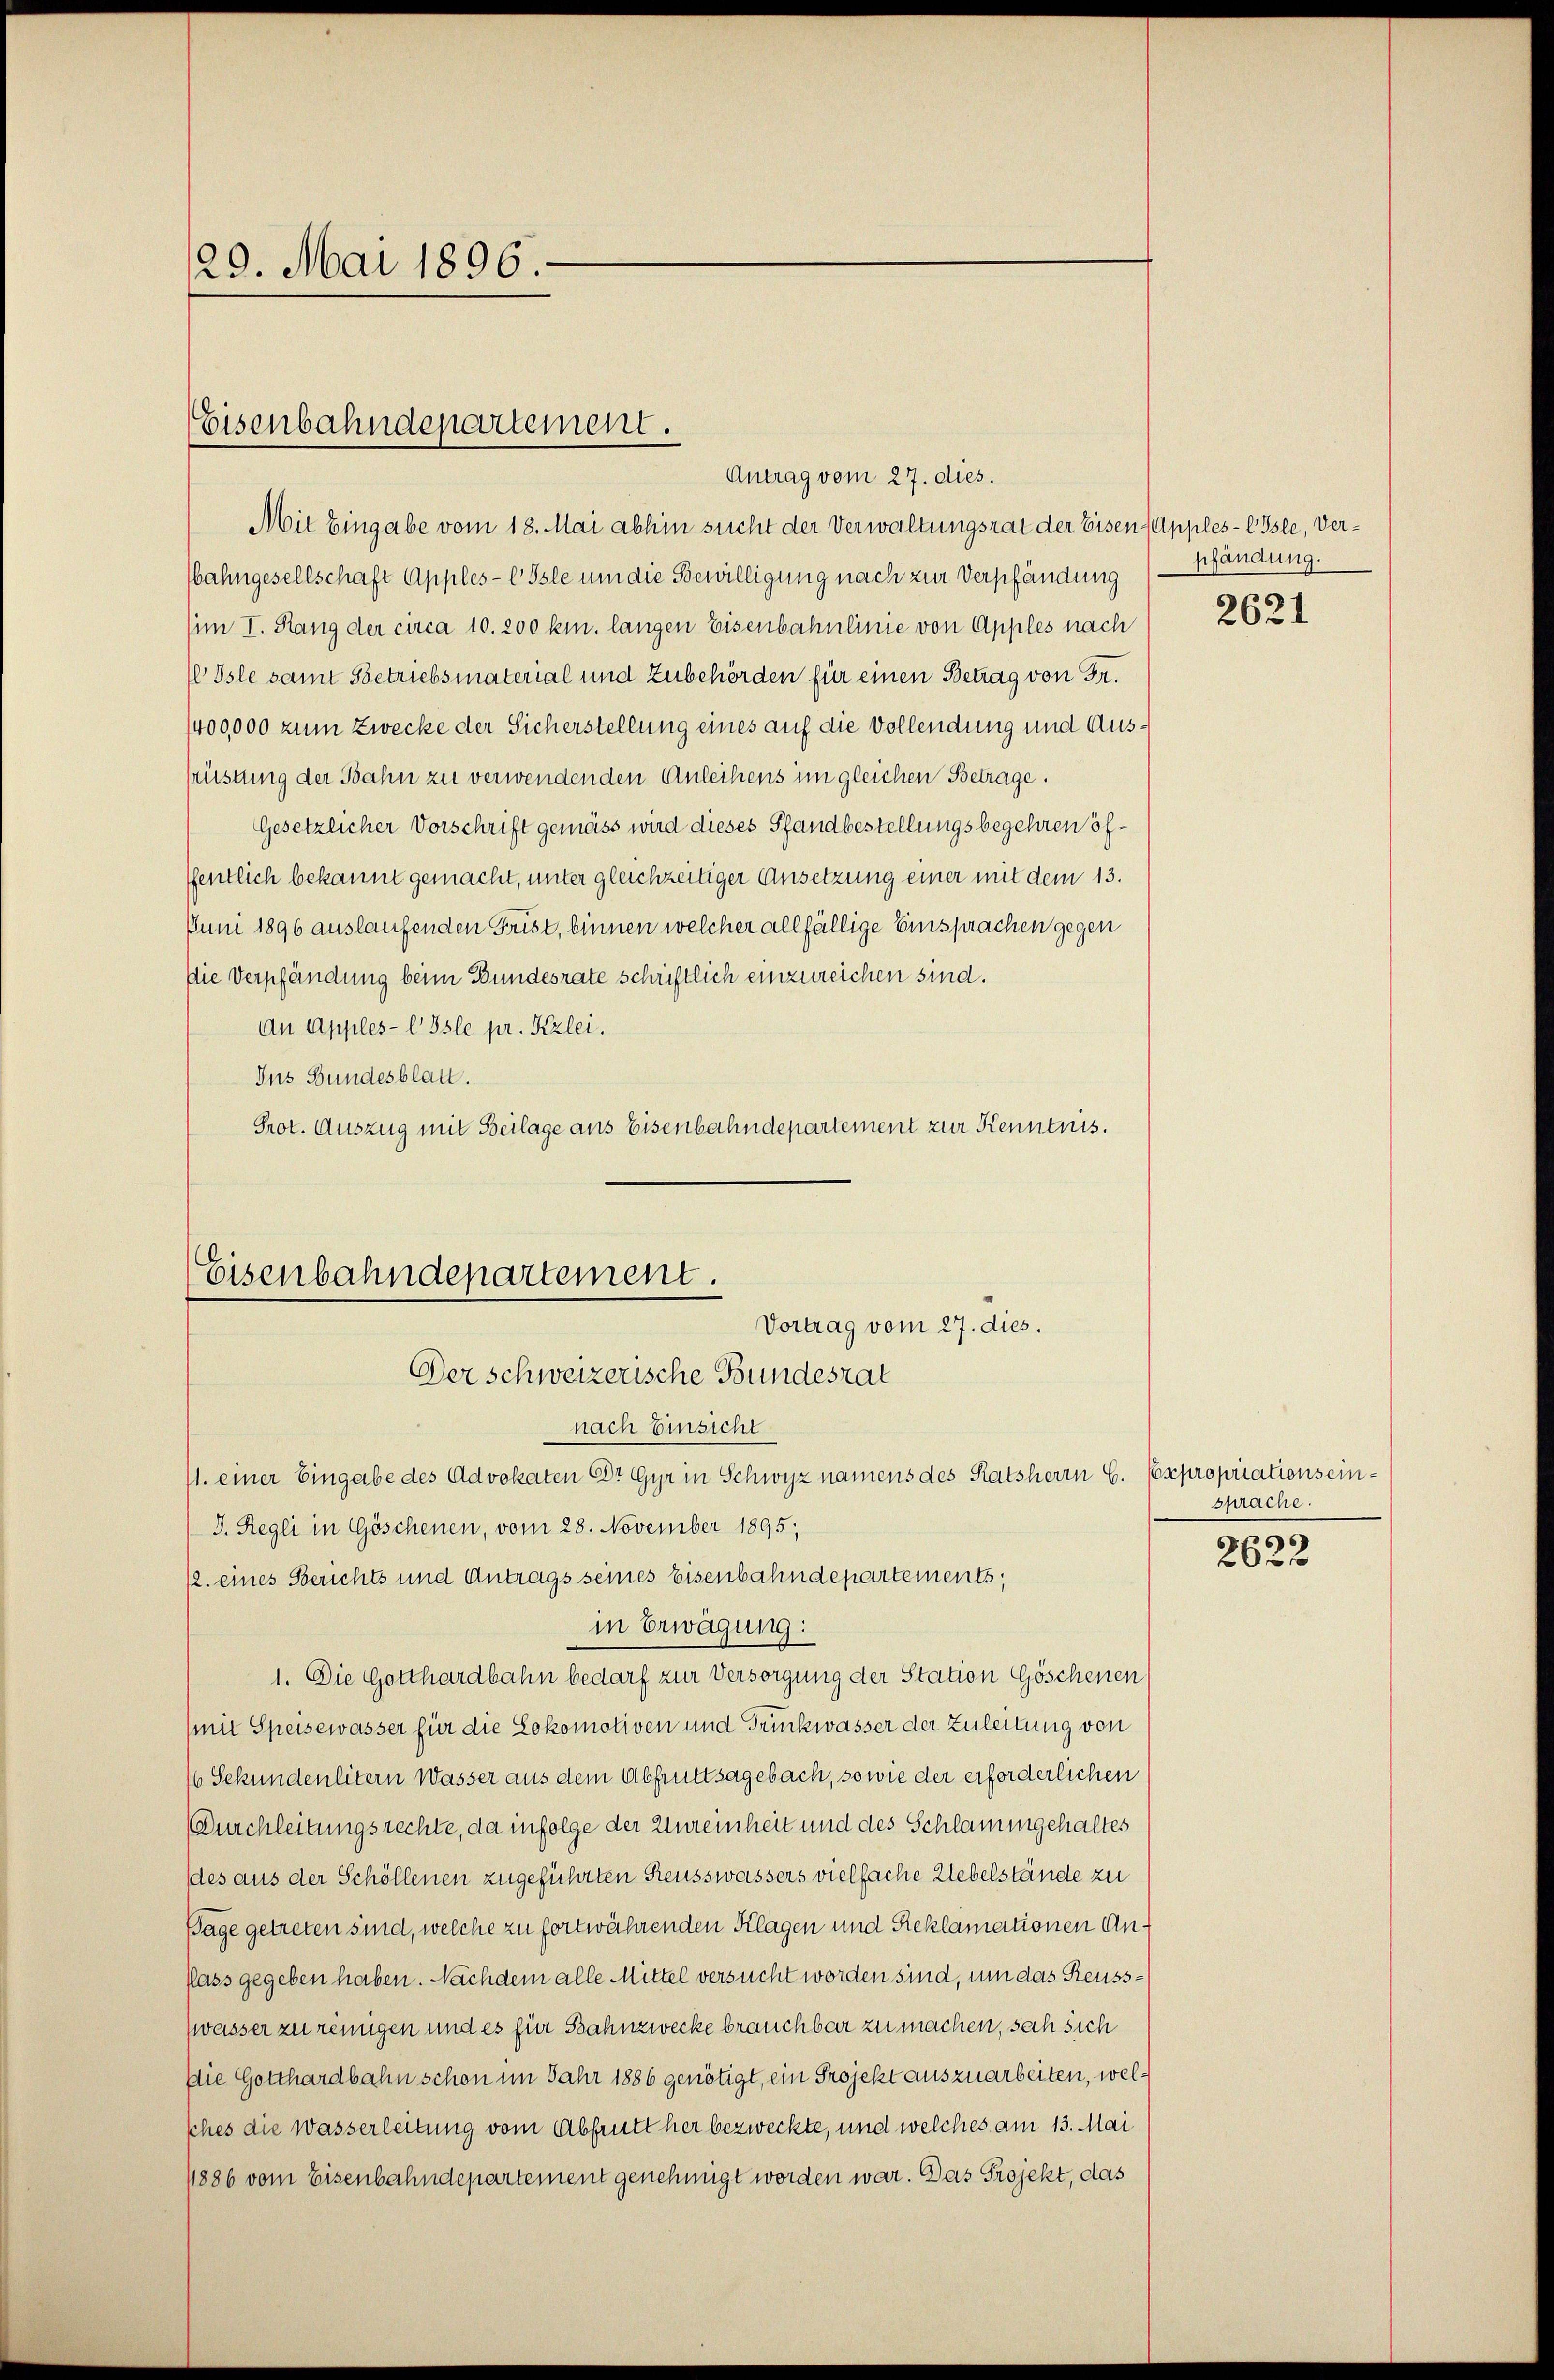
29. Mai 1896.

Eisenbahndepartement.
Antrag vom 27. dies.

Mit Eingabe vom 18. Mai abhin sucht der Verwaltungsrat der Eisen (Apples-OIsle, Verbahngesellschaft Apples-E Isle um die Bewilligung nach zur Verpfändung
(im I. Rang der circa 10. 200 km. langen Eisenbahnlinie von Apples nach
1 Osle samt Getriebsmaterial und Zubehörden für einen Betrag von Fr.
1400000 zum Zwecke der Sicherstellung eines auf die Vollendung und Ausfrüstung der Bahn zu verwendenden Anleihens im gleichen Betrage.
Gesetzlicher Vorschrift gemäss wird dieses Pfandbestellungsbegehren öfffentlich bekannt gemacht, unter gleichzeitiger Ansetzung einer mit dem 13.
Juni 1896 auslaufenden Frist, binnen welcher allfällige Einsprachen gegen
die Verpfändung beim Bundesrate schriftlich einzureichen sind.
An Apples-l Isle pr. Kzlei.
Ins Bundesblatt.
Prot. Auszug mit Beilage aus Eisenbahndepartement zur Kenntnis.

Eisenbahndepartement.
Vortrag vom 27. dies.
Der schweizerische Bundesrat

nach Einsicht
11. einer Eingabe des Advokaten Dr Gyr in Schwyz namens des Ratsherrn C. Expropriations ein¬
J. Regli in Göschenen, vom 28. November 1895;
/2. eines Berichts und Antrags seines Eisenbahndepartements,
in Erwägung:
1. Die Gotthardbahn bedarf zur Versorgung der Station Göschenen
(mit Speisewasser für die Lokomotiven und Truckwasser der Zuleitung von
16 Sekundenlitern Wasser aus dem Abfruttsagebach, sowie der erforderlichen
Durchleitungsrechte, da infolge der Zureinheit und des Schlammgehaltes
des aus der Schöllenen zugeführten Reusswassers vielfache Uebelstände zu
Tage getreten sind, welche zu fortwährenden Klagen und Reklamationen An¬
Pass gegeben haben. Nachdem alle Mittel versucht worden sind, um das Reuss¬
Zwasser zu reinigen und es für Bahnzwecke brauchbar zu machen, sah sich
Die Gotthardbahn schon im Jahr 1886 genötigt, ein Projekt auszuarbeiten, welsches die Wasserleitung vom Abfrutt her bezweckte, und welches am 13. Mai
1886 vom Eisenbahndepartement genehmigt worden war. Das Projekt, das

pfändung.

2621

sprache.

2622